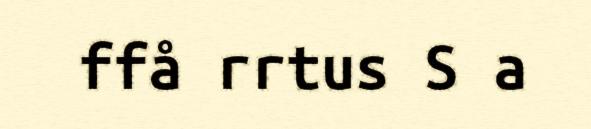
ffå rrtus S a